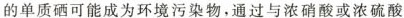
的单质硒可能成为环境污染物，通过与浓硝酸或浓硫酸